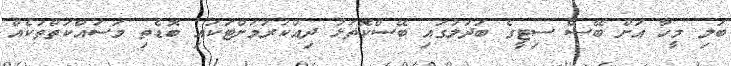
ބަލި މީހާ އަށް ބޭސް ސިޓީގެ ބަދަލުގައި ބޭސްކޮތަޅު ދިއްކުރުމަށްޓަކައި ބޮޑެތި މަސައްކަތްތަކެއް